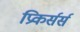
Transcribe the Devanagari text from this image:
प्रिकर्सर्स